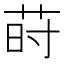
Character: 莳